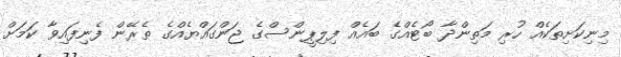
މިނިކަށިތަކެއް ހުރި މަތިންދާ ބޯޓެއްގެ ބައެއް ފިލިޕީންސްގެ ޖަންގައްޔެއްގެ ތެރޭން ފެނިފައިވާ ކަމަށް